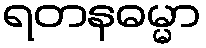
ရတနဓမ္မာ